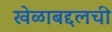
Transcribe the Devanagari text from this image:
खेळाबद्दलची